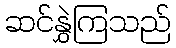
ဆင်နွှဲကြသည်